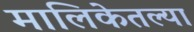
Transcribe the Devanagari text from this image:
मालिकेतल्या